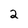
Character: 2